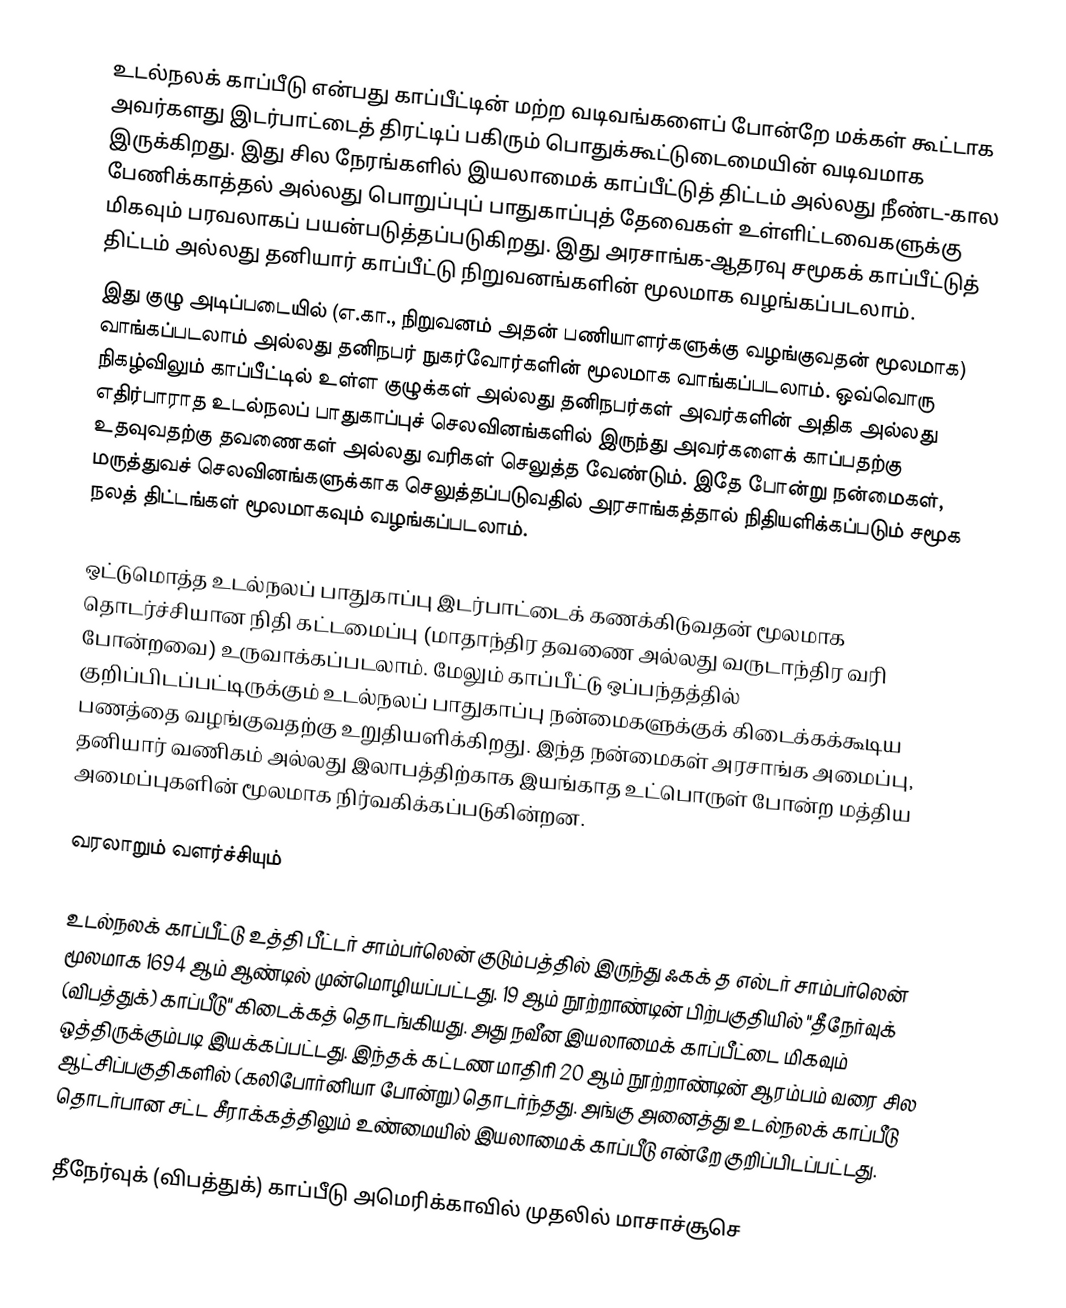
உடல்நலக் காப்பீடு என்பது காப்பீட்டின் மற்ற வடிவங்களைப் போன்றே மக்கள் கூட்டாக அவர்களது இடர்பாட்டைத் திரட்டிப் பகிரும் பொதுக்கூட்டுடைமையின் வடிவமாக இருக்கிறது. இது சில நேரங்களில் இயலாமைக் காப்பீட்டுத் திட்டம் அல்லது நீண்ட-கால பேணிக்காத்தல் அல்லது பொறுப்புப் பாதுகாப்புத் தேவைகள் உள்ளிட்டவைகளுக்கு மிகவும் பரவலாகப் பயன்படுத்தப்படுகிறது. இது அரசாங்க-ஆதரவு சமூகக் காப்பீட்டுத் திட்டம் அல்லது தனியார் காப்பீட்டு நிறுவனங்களின் மூலமாக வழங்கப்படலாம்.
இது குழு அடிப்படையில் (எ.கா., நிறுவனம் அதன் பணியாளர்களுக்கு வழங்குவதன் மூலமாக) வாங்கப்படலாம் அல்லது தனிநபர் நுகர்வோர்களின் மூலமாக வாங்கப்படலாம். ஒவ்வொரு நிகழ்விலும் காப்பீட்டில் உள்ள குழுக்கள் அல்லது தனிநபர்கள் அவர்களின் அதிக அல்லது எதிர்பாராத உடல்நலப் பாதுகாப்புச் செலவினங்களில் இருந்து அவர்களைக் காப்பதற்கு உதவுவதற்கு தவணைகள் அல்லது வரிகள் செலுத்த வேண்டும். இதே போன்று நன்மைகள், மருத்துவச் செலவினங்களுக்காக செலுத்தப்படுவதில் அரசாங்கத்தால் நிதியளிக்கப்படும் சமூக நலத் திட்டங்கள் மூலமாகவும் வழங்கப்படலாம்.

ஒட்டுமொத்த உடல்நலப் பாதுகாப்பு இடர்பாட்டைக் கணக்கிடுவதன் மூலமாக தொடர்ச்சியான நிதி கட்டமைப்பு (மாதாந்திர தவணை அல்லது வருடாந்திர வரி போன்றவை) உருவாக்கப்படலாம். மேலும் காப்பீட்டு ஒப்பந்தத்தில் குறிப்பிடப்பட்டிருக்கும் உடல்நலப் பாதுகாப்பு நன்மைகளுக்குக் கிடைக்கக்கூடிய பணத்தை வழங்குவதற்கு உறுதியளிக்கிறது. இந்த நன்மைகள் அரசாங்க அமைப்பு, தனியார் வணிகம் அல்லது இலாபத்திற்காக இயங்காத உட்பொருள் போன்ற மத்திய அமைப்புகளின் மூலமாக நிர்வகிக்கப்படுகின்றன.

வரலாறும் வளர்ச்சியும்

உடல்நலக் காப்பீட்டு உத்தி பீட்டர் சாம்பர்லென் குடும்பத்தில் இருந்து ஃகக் த எல்டர் சாம்பர்லென் மூலமாக 1694 ஆம் ஆண்டில் முன்மொழியப்பட்டது. 19 ஆம் நூற்றாண்டின் பிற்பகுதியில் "தீநேர்வுக் (விபத்துக்) காப்பீடு" கிடைக்கத் தொடங்கியது. அது நவீன இயலாமைக் காப்பீட்டை மிகவும் ஒத்திருக்கும்படி இயக்கப்பட்டது. இந்தக் கட்டண மாதிரி 20 ஆம் நூற்றாண்டின் ஆரம்பம் வரை சில ஆட்சிப்பகுதிகளில் (கலிபோர்னியா போன்று) தொடர்ந்தது. அங்கு அனைத்து உடல்நலக் காப்பீடு தொடர்பான சட்ட சீராக்கத்திலும் உண்மையில் இயலாமைக் காப்பீடு என்றே குறிப்பிடப்பட்டது.

தீநேர்வுக் (விபத்துக்) காப்பீடு அமெரிக்காவில் முதலில் மாசாச்சூசெ